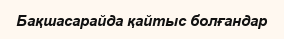
Бақшасарайда қайтыс болғандар